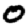
Digit: 0